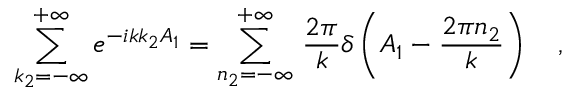
\sum _ { k _ { 2 } = - \infty } ^ { + \infty } e ^ { - i k k _ { 2 } A _ { 1 } } = \sum _ { n _ { 2 } = - \infty } ^ { + \infty } \, \frac { 2 \pi } { k } \delta \left( A _ { 1 } - \frac { 2 \pi n _ { 2 } } { k } \right) \ \ \ ,